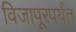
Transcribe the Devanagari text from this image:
विजापूरपर्यंत